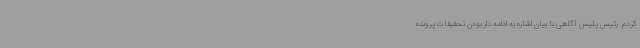
کردم. رئیس پلیس آگاهی با بیان اشاره به ادامه دار بودن تحقیقات پرونده